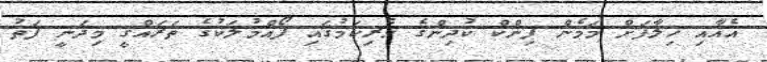
އެއާއި ޚިލާފަށް މަމެން ޕިންކް ކުދިންގެ ވެރިކަމުގައި ފޯއްމުލަކުގެ ތަރައްގީ މިދަނީ ފަތު